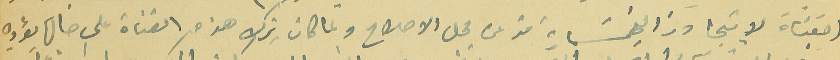
اصَعُباة لا يتجاوز الخمسَماية متر من محل الاصلاح ولما كان ترك هذه القناة على حالها يؤدي